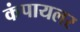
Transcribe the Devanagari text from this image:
कंपायलर